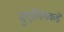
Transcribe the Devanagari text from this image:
वुएलिंगकडे